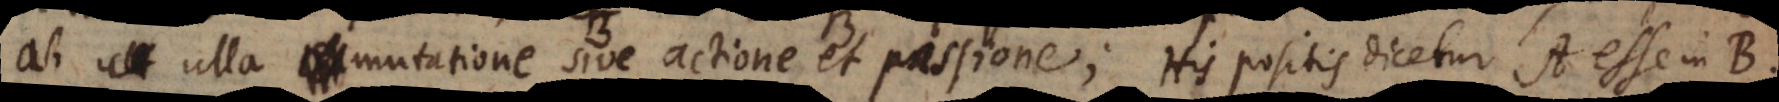
ab ulla mutatione sive actione et passione; his positis dicetur A esse in B.